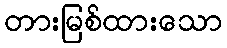
တားမြစ်ထားသော